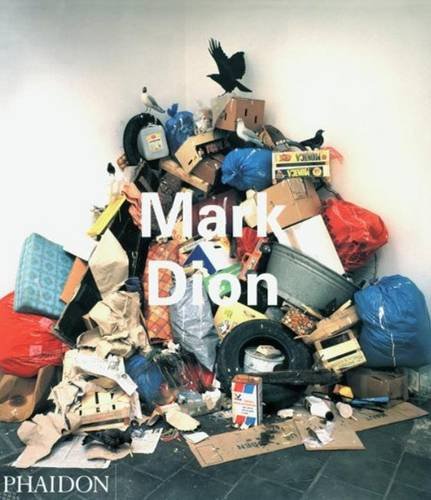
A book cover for Mark Dion: Contemporary Artist (Contemporary Artists); Mark Dion; Arts & Photography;